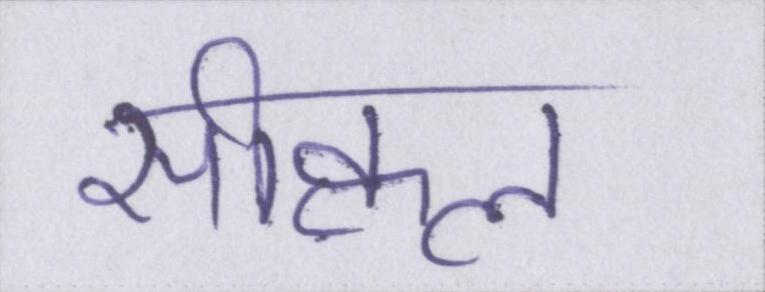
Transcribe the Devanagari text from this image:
सीक्वल